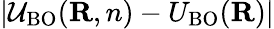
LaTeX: \vert{\cal U}_{\mathrm{BO}}({\mathbf R,n})-U_{\mathrm{BO}}({\mathbf R})\vert